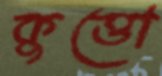
কুত্তো